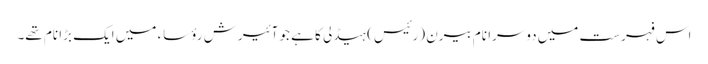
اس فہرست میں دوسرا نام بیرن (رئیس) ہیڈلی کا ہے جو آئیرش رؤساء میں ایک بڑا نام تھے۔